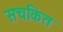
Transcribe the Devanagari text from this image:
सचकित